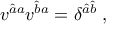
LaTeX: v ^ { \hat { a } a } v ^ { \hat { b } a } = \delta ^ { \hat { a } \hat { b } } \; ,